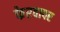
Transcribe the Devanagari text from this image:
फेरवापर